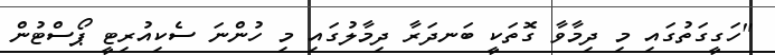
"ހަގީގަތުގައި މި ދިމާވާ ގޮތަކީ ބަނދަރާ ދިމާލުގައި މި ހުންނަ ސެކިއުރިޓީ ޕޯސްޓުން